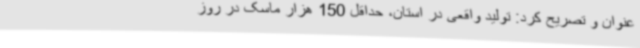
عنوان و تصریح کرد: تولید واقعی در استان، حداقل 150 هزار ماسک در روز